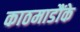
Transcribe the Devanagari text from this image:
काठमाडौंके